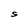
Character: S